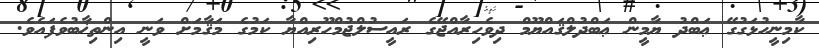
ކާމިނީހުޅަގުގޭ ޢަބްދު ޔާމީން ޢަބްދުލްޤައްޔޫމް ދިވެހިރާއްޖޭގެ ރައީސުލްޖުމްހޫރިއްޔާ ކަމުގެ މަޤާމަށް ވަނީ އިންތިޚާބުވެފައެވެ.